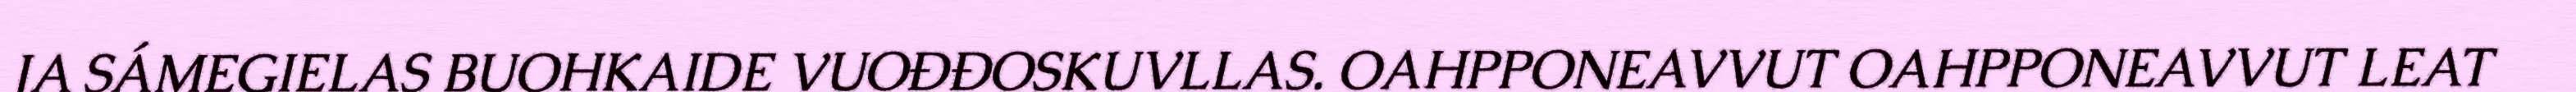
JA SÁMEGIELAS BUOHKAIDE VUOĐĐOSKUVLLAS. OAHPPONEAVVUT OAHPPONEAVVUT LEAT